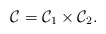
\begin{align*}\mathcal C=\mathcal{C}_{1} \times \mathcal{C}_{2}.\end{align*}